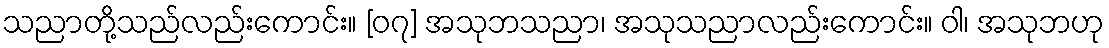
သညာတို့သည်လည်းကောင်း။ [၀၇] အသုဘသညာ၊ အသုသညာလည်းကောင်း။ ဝါ၊ အသုဘဟု